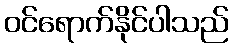
ဝင်ရောက်နိုင်ပါသည်